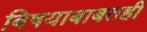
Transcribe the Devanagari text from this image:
विषयाबाबतही